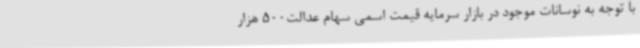
با توجه به نوسانات موجود در بازار سرمایه قیمت اسمی سهام عدالت500 هزار